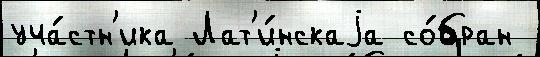
уча́стн'ика Лат'и́нскаjа со́бран